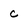
Character: c